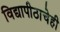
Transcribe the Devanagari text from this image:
विद्यापीठाचेही